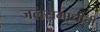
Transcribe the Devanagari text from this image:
जलसमाधीची